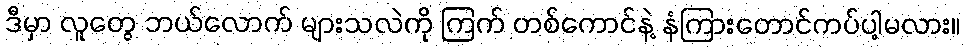
ဒီမှာ လူတွေ ဘယ်လောက် များသလဲကို ကြက် တစ်ကောင်နဲ့ နံကြားတောင်ကပ်ပါ့မလား။